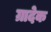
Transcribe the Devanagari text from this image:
ग्रादेक